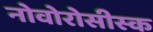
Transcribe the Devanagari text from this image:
नोवोरोसीस्क